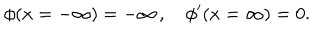
LaTeX: \phi ( x = - \infty ) = - \infty \, , \quad \phi ^ { \prime } ( x = \infty ) = 0 .